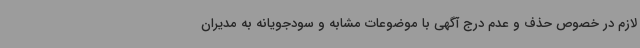
لازم در خصوص حذف و عدم درج آگهی با موضوعات مشابه و سودجویانه به مدیران